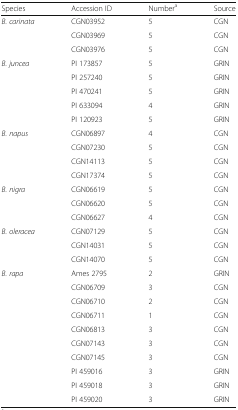
<table><thead><tr><td><b>Species</b></td><td><b>Accession ID</b></td><td><b>Number<sup>a</sup></b></td><td><b>Source</b></td></tr></thead><tbody><tr><td><i>B. carinata</i></td><td>CGN03952</td><td>5</td><td>CGN</td></tr><tr><td></td><td>CGN03969</td><td>5</td><td>CGN</td></tr><tr><td></td><td>CGN03976</td><td>5</td><td>CGN</td></tr><tr><td><i>B. juncea</i></td><td>PI 173857</td><td>5</td><td>GRIN</td></tr><tr><td></td><td>PI 257240</td><td>5</td><td>GRIN</td></tr><tr><td></td><td>PI 470241</td><td>5</td><td>GRIN</td></tr><tr><td></td><td>PI 633094</td><td>4</td><td>GRIN</td></tr><tr><td></td><td>PI 120923</td><td>5</td><td>GRIN</td></tr><tr><td><i>B. napus</i></td><td>CGN06897</td><td>4</td><td>CGN</td></tr><tr><td></td><td>CGN07230</td><td>5</td><td>CGN</td></tr><tr><td></td><td>CGN14113</td><td>5</td><td>CGN</td></tr><tr><td></td><td>CGN17374</td><td>5</td><td>CGN</td></tr><tr><td><i>B. nigra</i></td><td>CGN06619</td><td>5</td><td>CGN</td></tr><tr><td></td><td>CGN06620</td><td>5</td><td>CGN</td></tr><tr><td></td><td>CGN06627</td><td>4</td><td>CGN</td></tr><tr><td><i>B. oleracea</i></td><td>CGN07129</td><td>5</td><td>CGN</td></tr><tr><td></td><td>CGN14031</td><td>5</td><td>CGN</td></tr><tr><td></td><td>CGN14070</td><td>5</td><td>CGN</td></tr><tr><td><i>B. rapa</i></td><td>Ames 2795</td><td>2</td><td>GRIN</td></tr><tr><td></td><td>CGN06709</td><td>3</td><td>CGN</td></tr><tr><td></td><td>CGN06710</td><td>2</td><td>CGN</td></tr><tr><td></td><td>CGN06711</td><td>1</td><td>CGN</td></tr><tr><td></td><td>CGN06813</td><td>3</td><td>CGN</td></tr><tr><td></td><td>CGN07143</td><td>3</td><td>CGN</td></tr><tr><td></td><td>CGN07145</td><td>3</td><td>CGN</td></tr><tr><td></td><td>PI 459016</td><td>3</td><td>GRIN</td></tr><tr><td></td><td>PI 459018</td><td>3</td><td>GRIN</td></tr><tr><td></td><td>PI 459020</td><td>3</td><td>GRIN</td></tr></tbody></table>